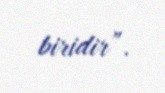
biridir”.